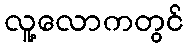
လူ့လောကတွင်